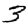
Digit: 3